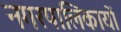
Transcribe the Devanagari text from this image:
नगरपालिकायों